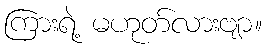
ကြားရဲ့ မဟုတ်လားဗျာ။